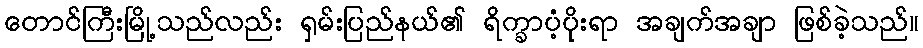
တောင်ကြီးမြို့သည်လည်း ရှမ်းပြည်နယ်၏ ရိက္ခာပံ့ပိုးရာ အချက်အချာ ဖြစ်ခဲ့သည်။